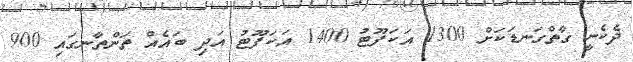
ދެކެނީ ގާތްގަނޑަކަށް 1300 އަކަފޫޓު 1400 އަކަފޫޓު އަދި ބައެއް ތަންތާނގައި 900